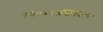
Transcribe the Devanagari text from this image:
१२०००अशाप्रकारे